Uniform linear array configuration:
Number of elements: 64
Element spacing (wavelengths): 1
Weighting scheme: uniform
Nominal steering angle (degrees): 15
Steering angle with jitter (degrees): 16.208
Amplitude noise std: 0.05
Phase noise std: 0.05

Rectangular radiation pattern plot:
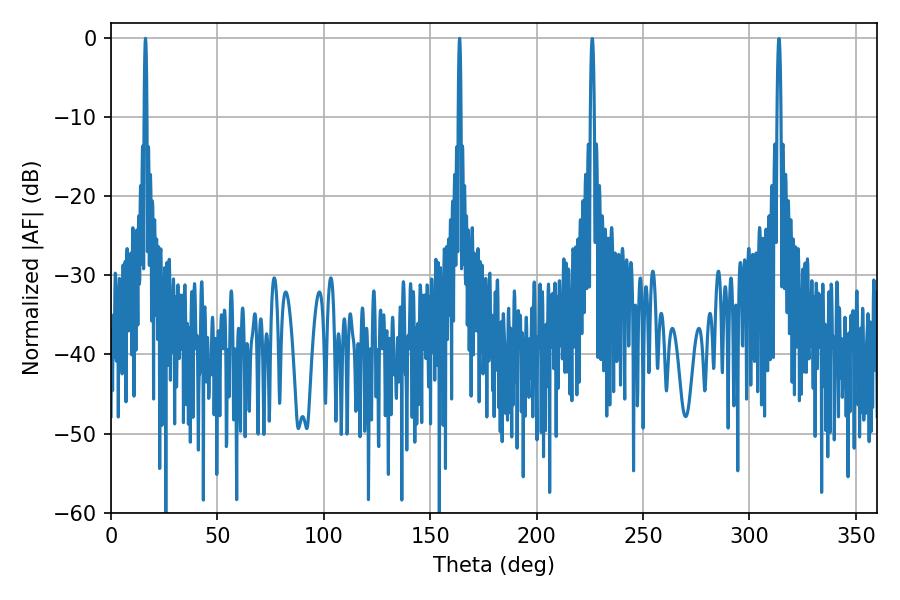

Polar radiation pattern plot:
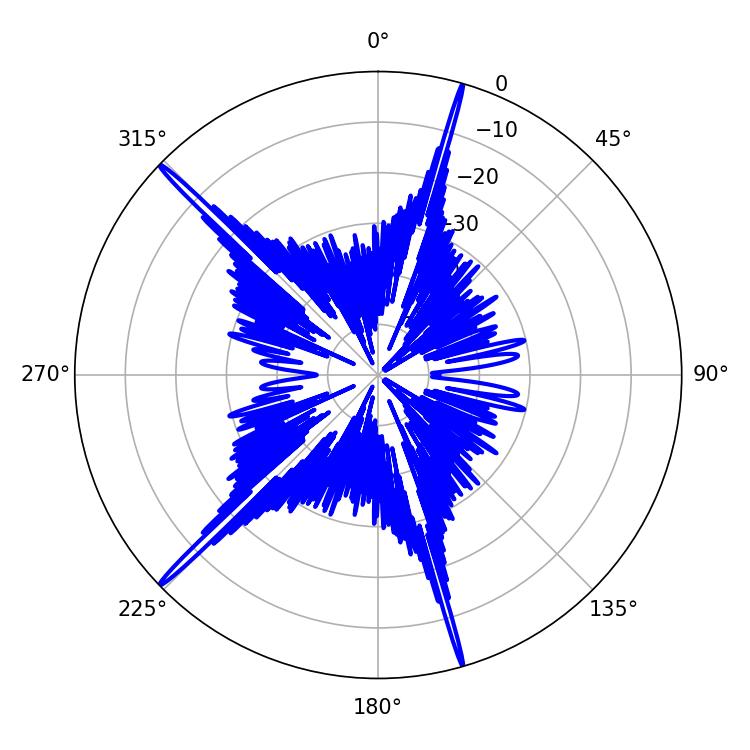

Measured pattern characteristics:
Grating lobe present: TRUE
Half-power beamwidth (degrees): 0.72
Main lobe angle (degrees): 16.2